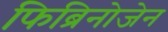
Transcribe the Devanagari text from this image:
फिब्रिनोजेन